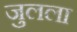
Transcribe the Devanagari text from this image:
जुलला